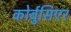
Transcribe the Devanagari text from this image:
कोर्बुसिएर